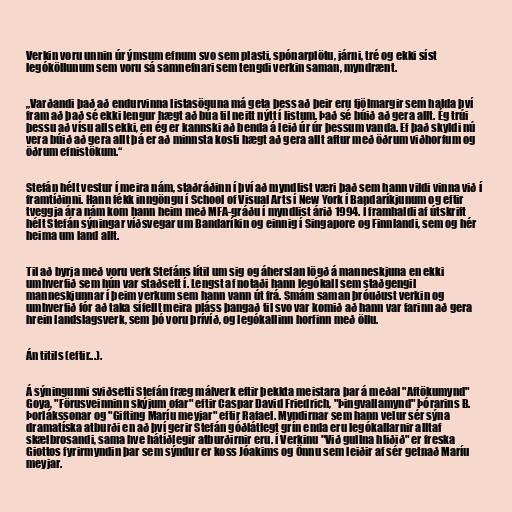
Verkin voru unnin úr ýmsum efnum svo sem plasti, spónarplötu, járni, tré og ekki síst
legóköllunum sem voru sá samnefnari sem tengdi verkin saman, myndrænt.

„Varðandi það að endurvinna listasöguna má geta þess að þeir eru fjölmargir sem halda því
fram að það sé ekki lengur hægt að búa til neitt nýtt í listum. Það sé búið að gera allt. Ég trúi
þessu að vísu alls ekki, en ég er kannski að benda á leið úr úr þessum vanda. Ef það skyldi nú
vera búið að gera allt þá er að minnsta kosti hægt að gera allt aftur með öðrum viðhorfum og
öðrum efnistökum.“

Stefán hélt vestur í meira nám, staðráðinn í því að myndlist væri það sem hann vildi vinna við í
framtíðinni. Hann fékk inngöngu í School of Visual Arts í New York í Bandaríkjunum og eftir
tveggja ára nám kom hann heim með MFA-gráðu í myndlist árið 1994. Í framhaldi af útskrift
hélt Stefán sýningar víðsvegar um Bandaríkin og einnig í Singapore og Finnlandi, sem og hér
heima um land allt.

Til að byrja með voru verk Stefáns lítil um sig og áherslan lögð á manneskjuna en ekki
umhverfið sem hún var staðsett í. Lengst af notaði hann legókall sem staðgengil
manneskjunnar í þeim verkum sem hann vann út frá. Smám saman þróuðust verkin og
umhverfið fór að taka sífellt meira pláss þangað til svo var komið að hann var farinn að gera
hrein landslagsverk, sem þó voru þrívíð, og legókallinn horfinn með öllu.

Án titils (eftir...).

Á sýningunni sviðsetti Stefán fræg málverk eftir þekkta meistara þar á meðal "Aftökumynd"
Goya, "Förusveinninn skýjum ofar" eftir Caspar David Friedrich, "Þingvallamynd" Þórarins B.
Þorlákssonar og "Gifting Maríu meyjar" eftir Rafael. Myndirnar sem hann velur sér sýna
dramatíska atburði en að því gerir Stefán góðlátlegt grín enda eru legókallarnir alltaf
skælbrosandi, sama hve hátíðlegir atburðirnir eru. í Verkinu "Við gullna hliðið" er freska
Giottos fyrirmyndin þar sem sýndur er koss Jóakims og Önnu sem leiðir af sér getnað Maríu
meyjar.